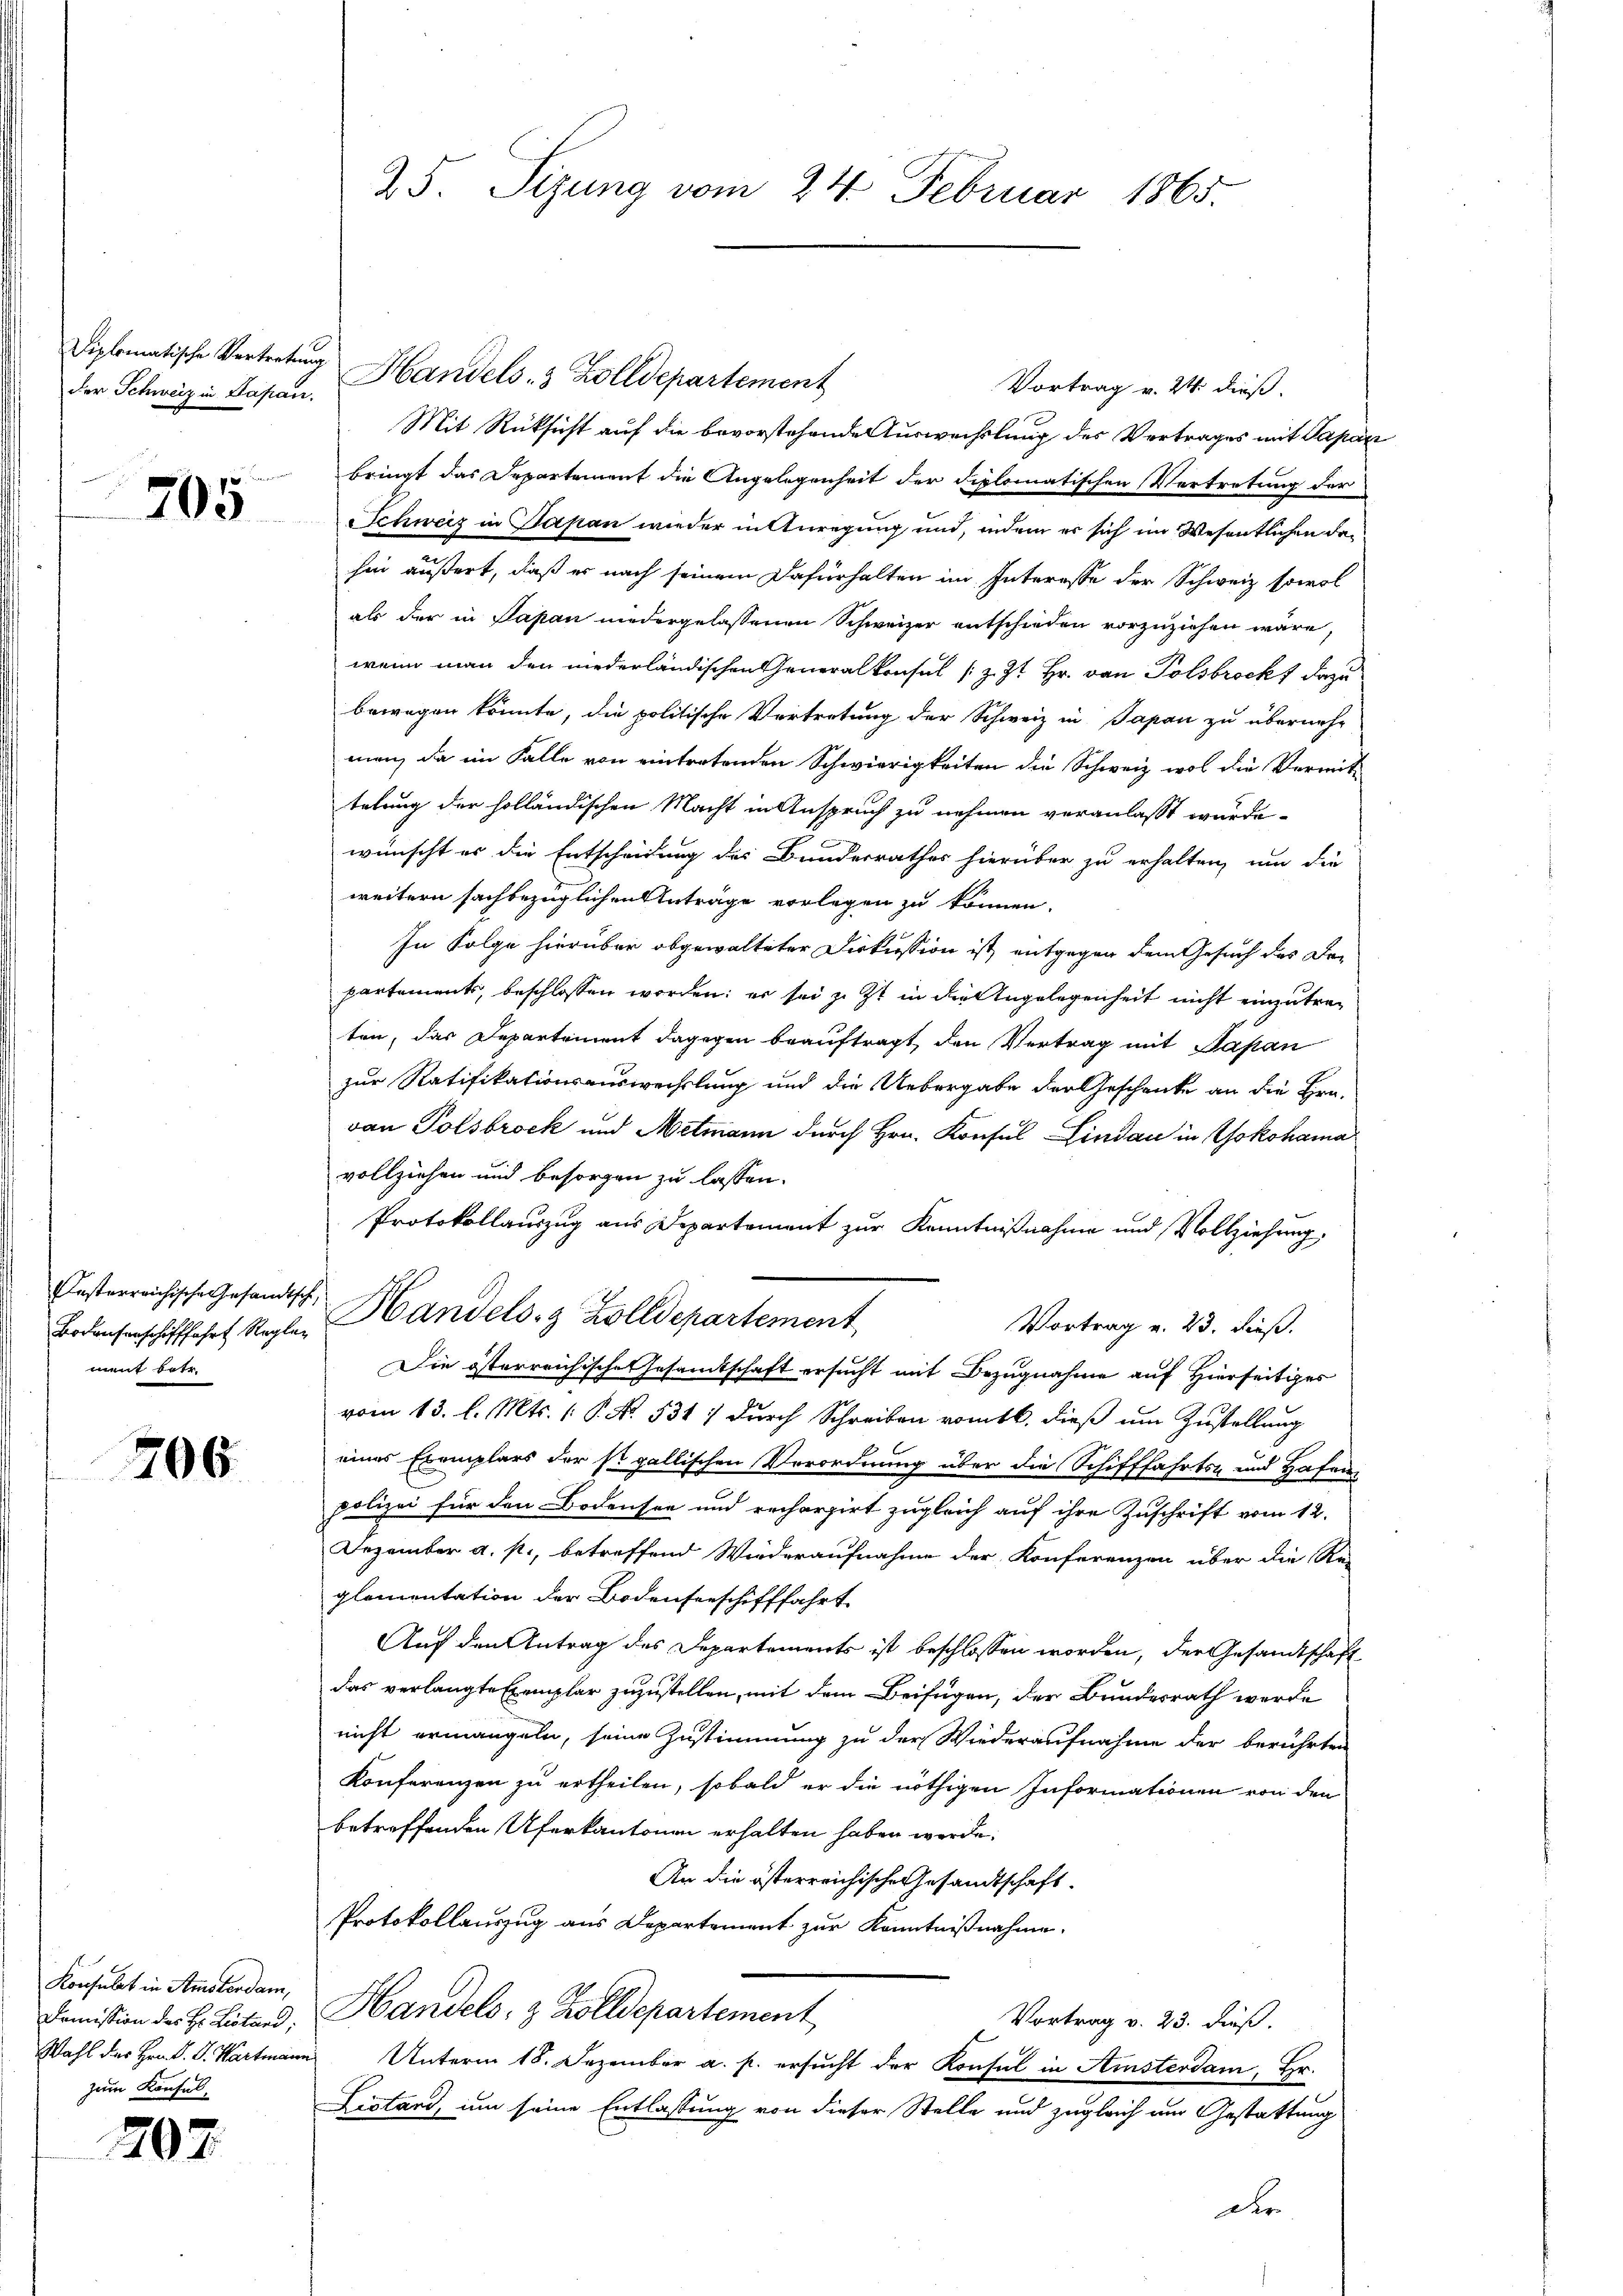
der Schweiz in Papan.

705

Fasterreichische Gesandts
Borausenschifffahrt Regler
ment betr.

706

Konsulat in Amsterdam,
Demission des Hr. Lestand,
Wahl des Hrn. P. V. Wartmann
zum Konsul¬

202.

25. Sizung vom 24. Februar 1865.

Diplomatische Vertretung Handels- & Zolldepartement
Vortrag v. 24. dieß.
Mit Rücksicht auf die bevorstehende Auswechslung des Vertrages mit Papar
bringt das Departement die Angelegenheit der diplomatischen Vertretung der
Schweiz in Japan wieder in Anregung und, indem er sich im Wesentlichen dahin äußert, daß er nach seinem Dafürhalten im Interesse der Schweiz sowol
als der in Papan niedergelassenen Schweizer entschieden vorzuziehen wäre,
wenn man den niederländischen Generalkonsul (z. Zt. Hr. von Polsbrock dazu
bewegen könnte, die politische Vertretung der Schweiz in Papan zu übernehman, da im Falle von eintretenden Schwierigkeiten die Schweiz wol die Vermit-
telung der holländischen Macht in Anspruch zu nehmen veranlasst wurde.
o
wünscht es die Entscheidung des Bundesrathes hierüber zu erhalten, um die
weitern sachbezüglichen Anträge vorlegen zu können.
In Folge hierüber obgewalteter Diskussion ist, entgegen dem Gesuch des Departements, beschlossen worden; er sei zu zt in die Angelegenheit nicht einzutreten, das Departement dagegen beauftragt, den Vertrag mit Papan
zur Ratifikationsauswechslung und die Uebergabe der Geschenke an die Hrn.
van Tolsbrock und Metmann durch Hrn. Konsul Lindau in Yokohama
vollziehen und besorgen zu lassen.
Protokollauszug aus Departement zur Kenntnißnahme und Vollziehung.
t. Handels- & Zolldepartement
Vortrag v. 23. dieß.
Die österreichische Gesamtschaft ersucht mit Bezugnahme auf Hierseitiges
vom 13. l. Mts. ( P. N. 531, durch Schreiben romtl. dieß um Zustellung
eines Exemplars der so gallischen Verordnung über die Schifffahrts- und Hafen,
polizei für den Bodensee und recherzirt zugleich auf ihre Zuschrift vom 12.
Dezember a. p., betreffend Wiederaufnahme der Konferenzen über die Re-
glementation der Bodenseeschifffahrt
Auf den Antrag des Departements ist beschlossen worden, der Gesandtschaft
das verlangte Exemplar zuzustellen, mit dem Beifügen, der Bundesrath werde
nicht ermangeln, seine Zustimmung zu der Wiederaufnahme der berührten
Konferenzen zu ertheilen, sobald er die nöthigen Informationen von den
betreffenden Uferkantonen erhalten haben werde.
An die österreichische Gesandtschaft
Protokollauszug aus Departement zur Kenntnißnahme.
Handels- & Zolldepartement
Vortrag v. 23. dieß.
Unterm 18. Dezember a. p. ersŭcht der Konsul in Amsterdam, Hr.
Fistand, um seine Entlassung von dieser Stelle und zugleich um Gestattung

Der